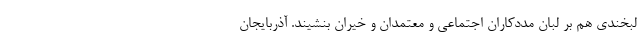
لبخندی هم بر لبان مددکاران اجتماعی و معتمدان و خیران بنشیند. آذربایجان